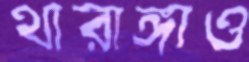
থারাঙ্গাও